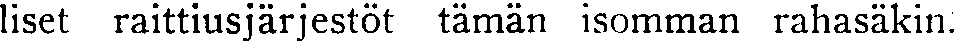
liset raittiusjärjestöt tämän isomman rahasäkin.